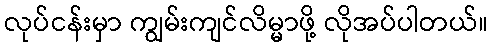
လုပ်ငန်းမှာ ကျွမ်းကျင်လိမ္မာဖို့ လိုအပ်ပါတယ်။